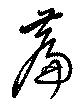
萹